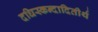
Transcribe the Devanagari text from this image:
दधिस्कन्दादितीर्थ